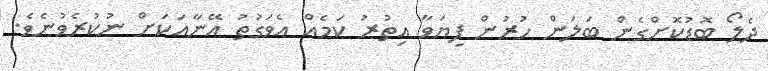
ދެލޯ ބޮޑުކޮށްގެން ބަލަން ހުރުން ފިޔަވާ އިތުރު ކަމެއް އެވަގުތު އޭނާއަކަށް ނުކުރެވުނެވެ.